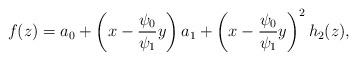
LaTeX: \begin{align*}f(z)= a_0 + \left( x - \frac{ \psi_0}{\psi_1} y \right) a_1 + \left( x - \frac{ \psi_0}{\psi_1} y \right)^2 h_2(z),\\\end{align*}